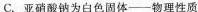
C. 亚硝酸钠为白色固体——物理性质